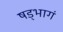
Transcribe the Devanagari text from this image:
षड्भागं